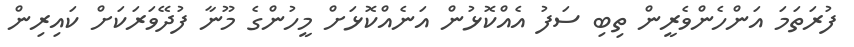
ފުރަތަމަ އަންހެންވެރީން ތިބި ސަފު އެއްކޮޅުން އަނެއްކޮޅަށް މީހުންގެ މޫނާ ފުދޭވަރަކަށް ކައިރިން